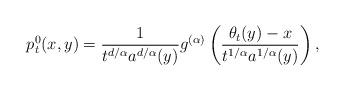
LaTeX: \begin{align*}p_t^0(x,y)= \frac{1}{t^{d/\alpha}a^{d/\alpha}(y)}g^{(\alpha)}\left({\theta_t(y)-x\over t^{1/\alpha}a^{1/\alpha}(y)}\right),\end{align*}